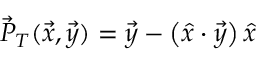
\vec { P } _ { T } ( \vec { x } , \vec { y } ) = \vec { y } - \left( \hat { x } \cdot \vec { y } \right) \hat { x }